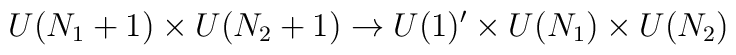
U(N_1+1)\times U(N_2+1) \rightarrow U(1)^\prime \times U(N_1) \times  U(N_2)